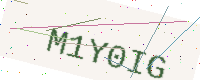
Text: M1Y0IG